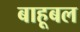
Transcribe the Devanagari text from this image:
बाहूबल